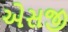
એસજી